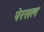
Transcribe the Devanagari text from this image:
पेरसल